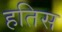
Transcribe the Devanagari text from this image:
हतिस